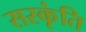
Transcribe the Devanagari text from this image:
सस्कृंति